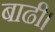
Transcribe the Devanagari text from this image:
बाढी।